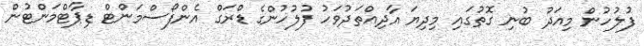
ފުލުހުން މިއަދު ބުނި ގޮތުގައި މިދިޔަ އާދިއްތަދުވަހު ފުލުހުންގެ ޑްރަގް އެންފޯސްމަންޓް ޑިޕާޓްމަންޓުން